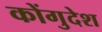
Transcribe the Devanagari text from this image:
कोंगुदेश